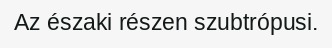
Az északi részen szubtrópusi.